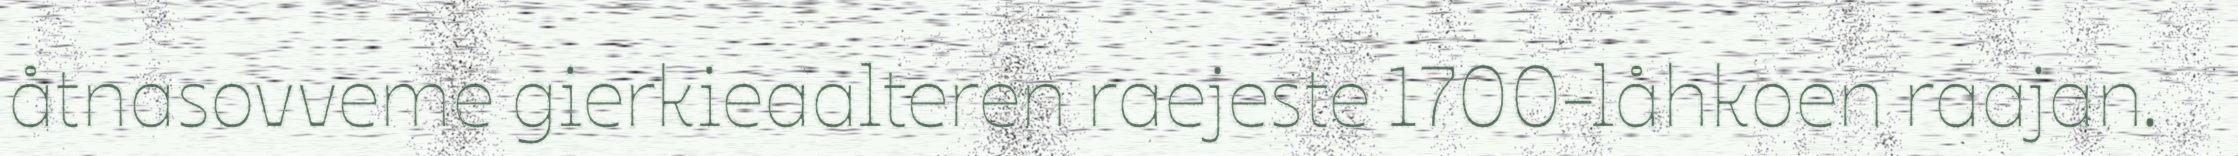
åtnasovveme gierkieaalteren raejeste 1700-låhkoen raajan.